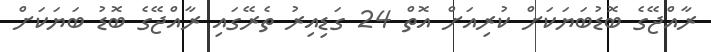
ރާއްޖޭގެ ބޮޑުބަޔަކަށް ކުރިއަށް އޮތް 24 ގަޑިއިރު ތެރޭގައި ރާއްޖޭގެ ބޮޑު ބަޔަކަށް